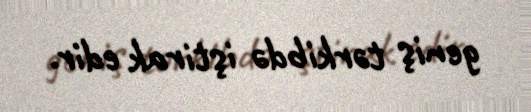
geniş tərkibdə iştirak edir.